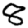
Digit: 8